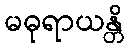
မဓုရာယန္တိ